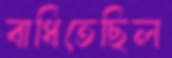
বাধিতেছিল